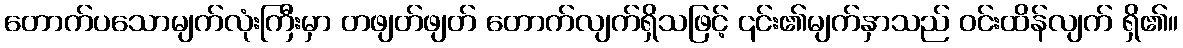
တောက်ပသောမျက်လုံးကြီးမှာ တဖျတ်ဖျတ် တောက်လျက်ရှိသဖြင့် ၎င်း၏မျက်နှာသည် ဝင်းထိန်လျက် ရှိ၏။